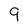
Character: 9